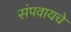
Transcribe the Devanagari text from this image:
संपवायचे